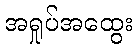
အရှုပ်အထွေး